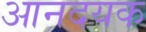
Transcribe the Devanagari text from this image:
आनदयक